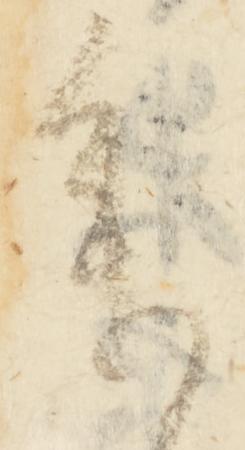
参